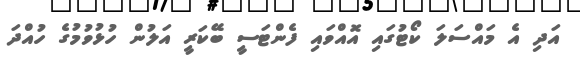
އަދި އެ މައްސަލަ ކޯޓުގައި އޮއްވައި ފެންޓަސީ ބޭކަރީ އަލުން ހުޅުވުމުގެ ހުއްދަ